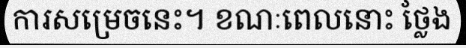
ការសម្រេចនេះ។ ខណៈពេលនោះ ថ្លែង